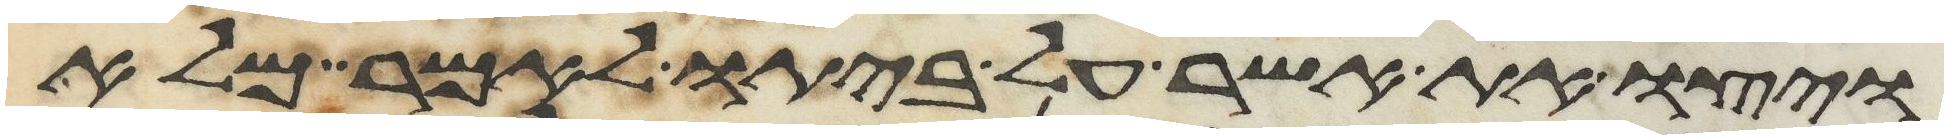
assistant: ויצו את אשר על ביתו לאמר מלא